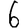
Digit: 6